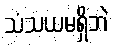
သံသယမရှိဘဲ